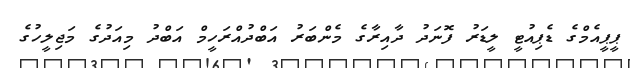
ޕީޕީއެމްގެ ޑެޕިއުޓީ ލީޑަރު ފޮނަދު ދާއިރާގެ މެންބަރު އަބްދުއްރަހީމް އަބްދު މިއަދުގެ މަޖިލީހުގެ